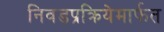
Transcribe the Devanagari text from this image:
निवडप्रक्रियेमार्फत